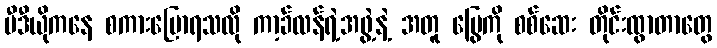
ဗီဒီယိုကနေ စကားပြောရသလို ကာ့ခ်လန်ရဲ့အဖွဲ့နဲ့ အတူ မြွေကို စစ်ဆေး တိုင်းထွာတာတွေ